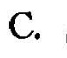
C.